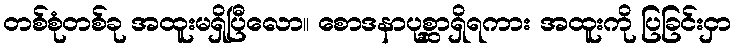
တစ်စုံတစ်ခု အထူးမရှိပြီလော။ စောဒနာပုစ္ဆာရှိရကား အထူးကို ပြခြင်းငှာ